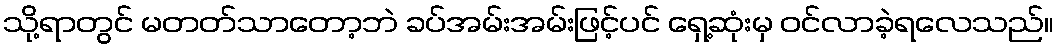
သို့ရာတွင် မတတ်သာတော့ဘဲ ခပ်အမ်းအမ်းဖြင့်ပင် ရှေ့ဆုံးမှ ဝင်လာခဲ့ရလေသည်။